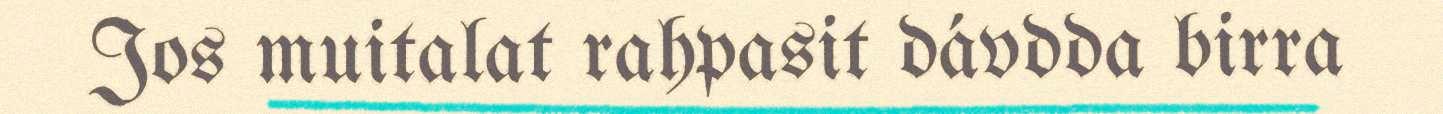
Jos muitalat rahpasit dávdda birra